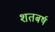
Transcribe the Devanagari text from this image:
शतबर्ष